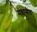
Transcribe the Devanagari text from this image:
मन्नासेठ